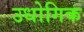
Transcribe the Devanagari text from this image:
उधोगिक